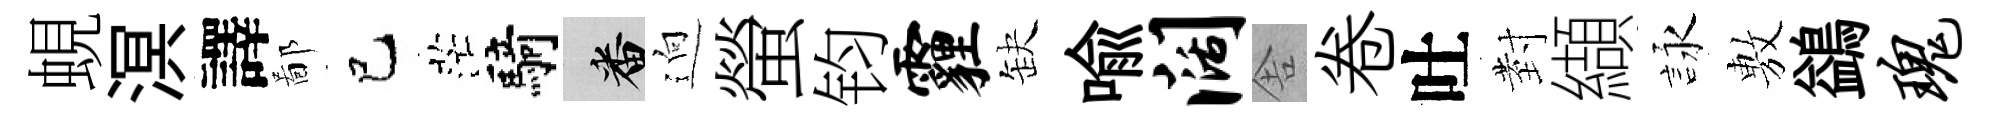
蜆溟譯鄙巳茫騎番逈螢钧霾缺喩阔舎卷吐𭔹纈詠𢾾鷁瑰